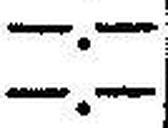
—.—